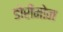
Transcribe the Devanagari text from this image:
डोरीमोन